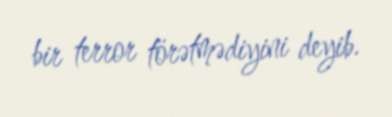
bir terror törətmədiyini deyib.